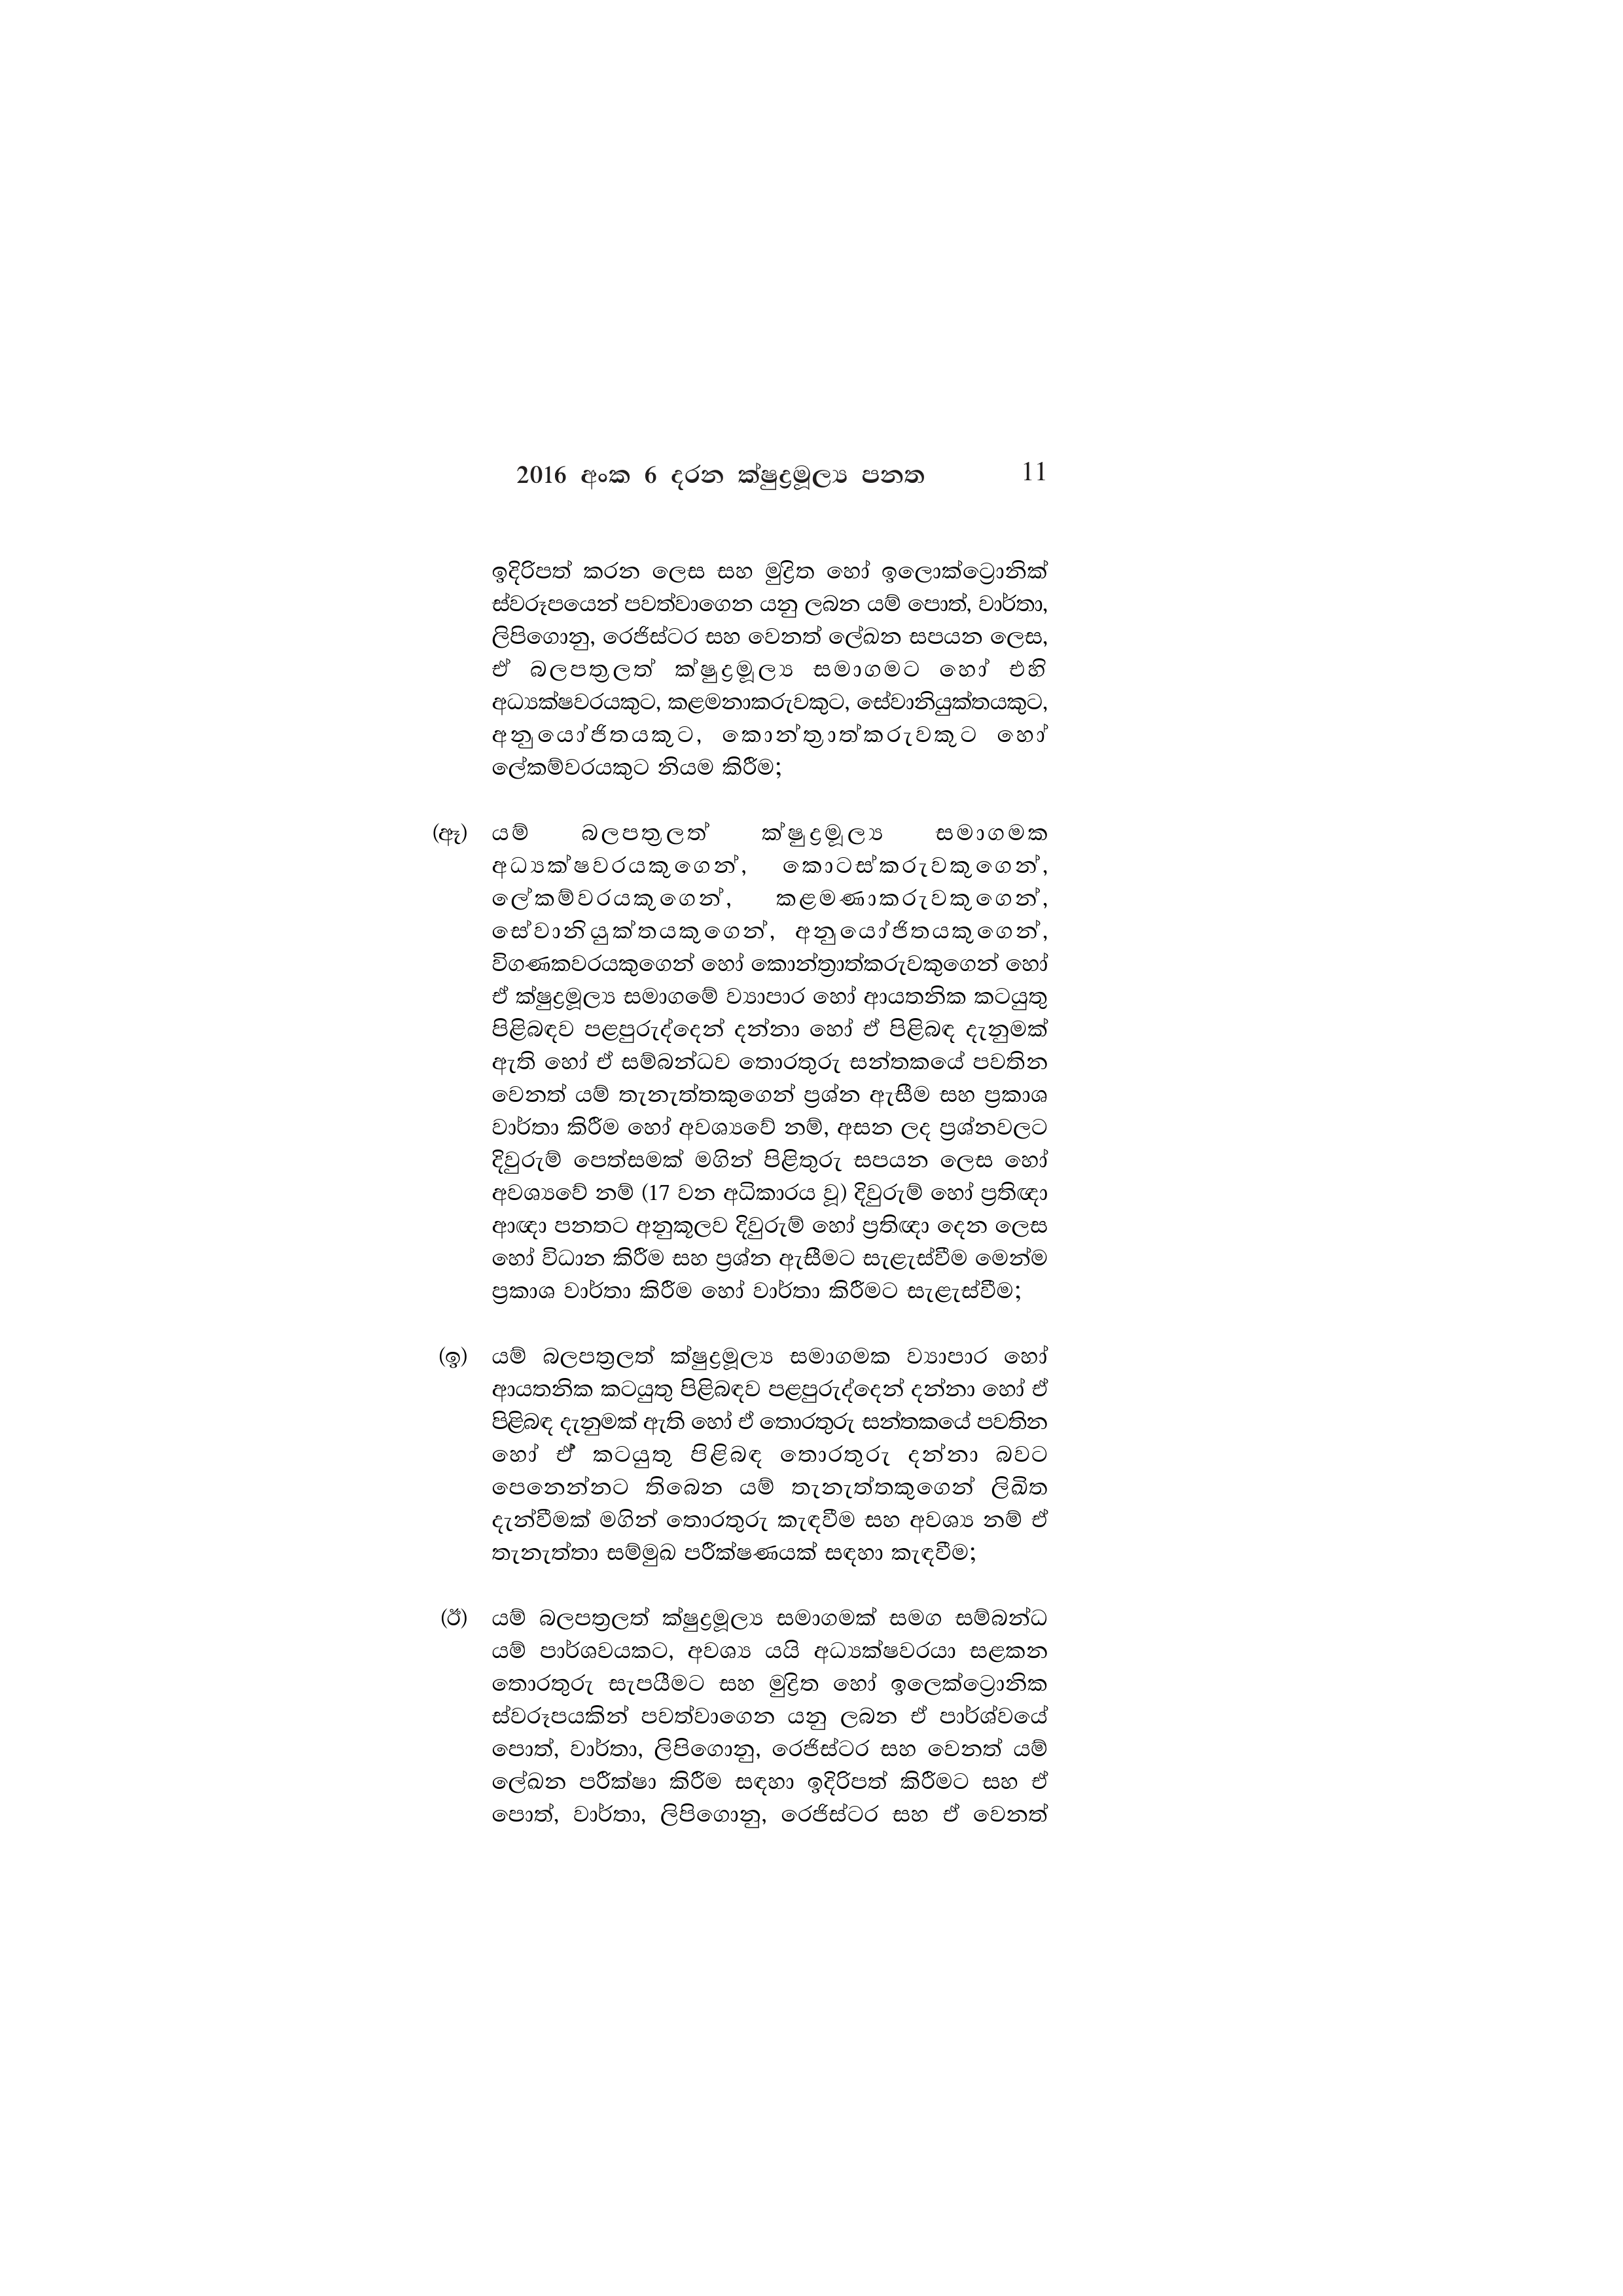
2016 අංක 6 දරන ක්ෂුද්‍රමූල්‍ය පනත 11

ඉදිරිපත් කරන ලෙස සහ මුද්‍රිත හෝ ඉලොක්ට්‍රොනික්
ස්වරූපයෙන් පවත්වාගෙන යනු ලබන යම් පොත්, වාර්තා,
ලිපිගොනු, රෙජිස්ටර සහ වෙනත් ලේඛන සපයන ලෙස,
ඒ බලපත්‍රලත් ක්ෂුද්‍රමූල්‍ය සමාගමට හෝ එහි
අධ්‍යක්ෂවරයකුට, කළමනාකරුවකුට, සේවානියුක්තයකුට,
අනුයෝජිතයකූට, කොන්ත්‍රාත්කරුවකුට හෝ
ලේකම්වරයකුට නියම කිරීම;

(ඈ) යම් බලපත්‍රලත් ක්ෂුද්‍රමූල්‍ය සමාගමක
අධ්‍යක්ෂවරයකුගෙන්, කොටස්කරුවකුගෙන්,
ලේකම්වරයකුගෙන්, කළමණාකරුවකුගෙන්,
සේවානියුක්තයකුගෙන්, අනුයෝජිතයකුගෙන්,
විගණකවරයකුගෙන් හෝ කොන්ත්‍රාත්කරුවකුගෙන් හෝ
ඒ ක්ෂුද්‍රමූල්‍ය සමාගමේ ව්‍යාපාර හෝ ආයතනික කටයුතු
පිළිබඳව පළපුරුද්දෙන් දන්නා හෝ ඒ පිළිබඳ දැනුමක්
ඇති හෝ ඒ සම්බන්ධව තොරතුරු සන්තකයේ පවතින
වෙනත් යම් තැනැත්තකුගෙන් ප්‍රශ්න ඇසීම සහ ප්‍රකාශ
වාර්තා කිරීම හෝ අවශ්‍යවේ නම්, අසන ලද ප්‍රශ්නවලට
දිවුරුම් පෙත්සමක් මගින් පිළිතුරු සපයන ලෙස හෝ
අවශ්‍යවේ නම් (17 වන අධිකාරය වූ) දිවුරුම් හෝ ප්‍රතිඥා
ආඥා පනතට අනුකූලව දිවුරුම් හෝ ප්‍රතිඥා දෙන ලෙස
හෝ විධාන කිරීම සහ ප්‍රශ්න ඇසීමට සැළැස්වීම මෙන්ම
ප්‍රකාශ වාර්තා කිරීම හෝ වාර්තා කිරීමට සැළැස්වීම;

(ඉ) යම් බලපත්‍රලත් ක්ෂුද්‍රමූල්‍ය සමාගමක ව්‍යාපාර හෝ
ආයතනික කටයුතු පිළිබඳව පළපුරුද්දෙන් දන්නා හෝ ඒ
පිළිබඳ දැනුමක් ඇති හෝ ඒ තොරතුරු සන්තකයේ පවතින
හෝ ඒ කටයුතු පිළිබඳ තොරතුරු දන්නා බවට
පෙනෙන්නට තිබෙන යම් තැනැත්තකුගෙන් ලිඛිත
දැන්වීමක් මගින් තොරතුරු කැඳවීම සහ අවශ්‍ය නම් ඒ
තැනැත්තා සම්මුඛ පරීක්ෂණයක් සඳහා කැඳවීම;

(ඊ) යම් බලපත්‍රලත් ක්ෂුද්‍රමූල්‍ය සමාගමක් සමග සම්බන්ධ
යම් පාර්ශවයකට, අවශ්‍ය යයි අධ්‍යක්ෂවරයා සළකන
තොරතුරු සැපයීමට සහ මුද්‍රිත හෝ ඉලෙක්ට්‍රොනික
ස්වරූපයකින් පවත්වාගෙන යනු ලබන ඒ පාර්ශ්වයේ
පොත්, වාර්තා, ලිපිගොනු, රෙජිස්ටර සහ වෙනත් යම්
ලේඛන පරීක්ෂා කිරීම සඳහා ඉදිරිපත් කිරීමට සහ ඒ
පොත්, වාර්තා, ලිපිගොනු, රෙජිස්ටර සහ ඒ වෙනත්